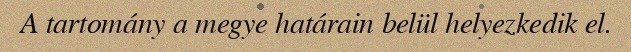
A tartomány a megye határain belül helyezkedik el.